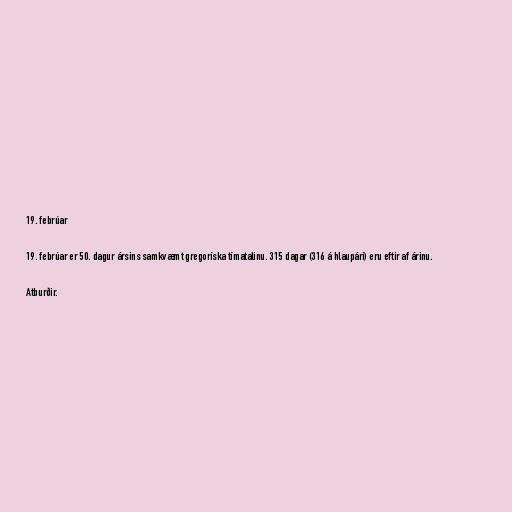
19. febrúar

19. febrúar er 50. dagur ársins samkvæmt gregoríska tímatalinu. 315 dagar (316 á hlaupári) eru eftir af árinu.

Atburðir.